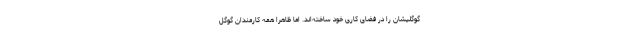
گوگلیشان را در فضای کاری خود ساخته‌اند. اما ظاهرا همه کارمندان گوگل